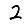
Digit: 2